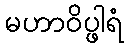
မဟာဝိပ္ဖါရံ